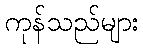
ကုန်သည်များ